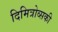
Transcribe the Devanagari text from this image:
दिमित्रोव्सकी